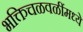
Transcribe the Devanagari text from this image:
भक्तिचळवळींमध्ये